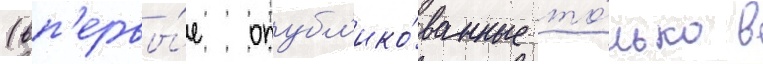
(вп'ервы́е опубл'ико́ванные то́лько в